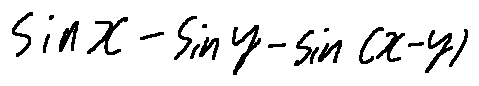
\sin x - \sin y - \sin ( x - y )